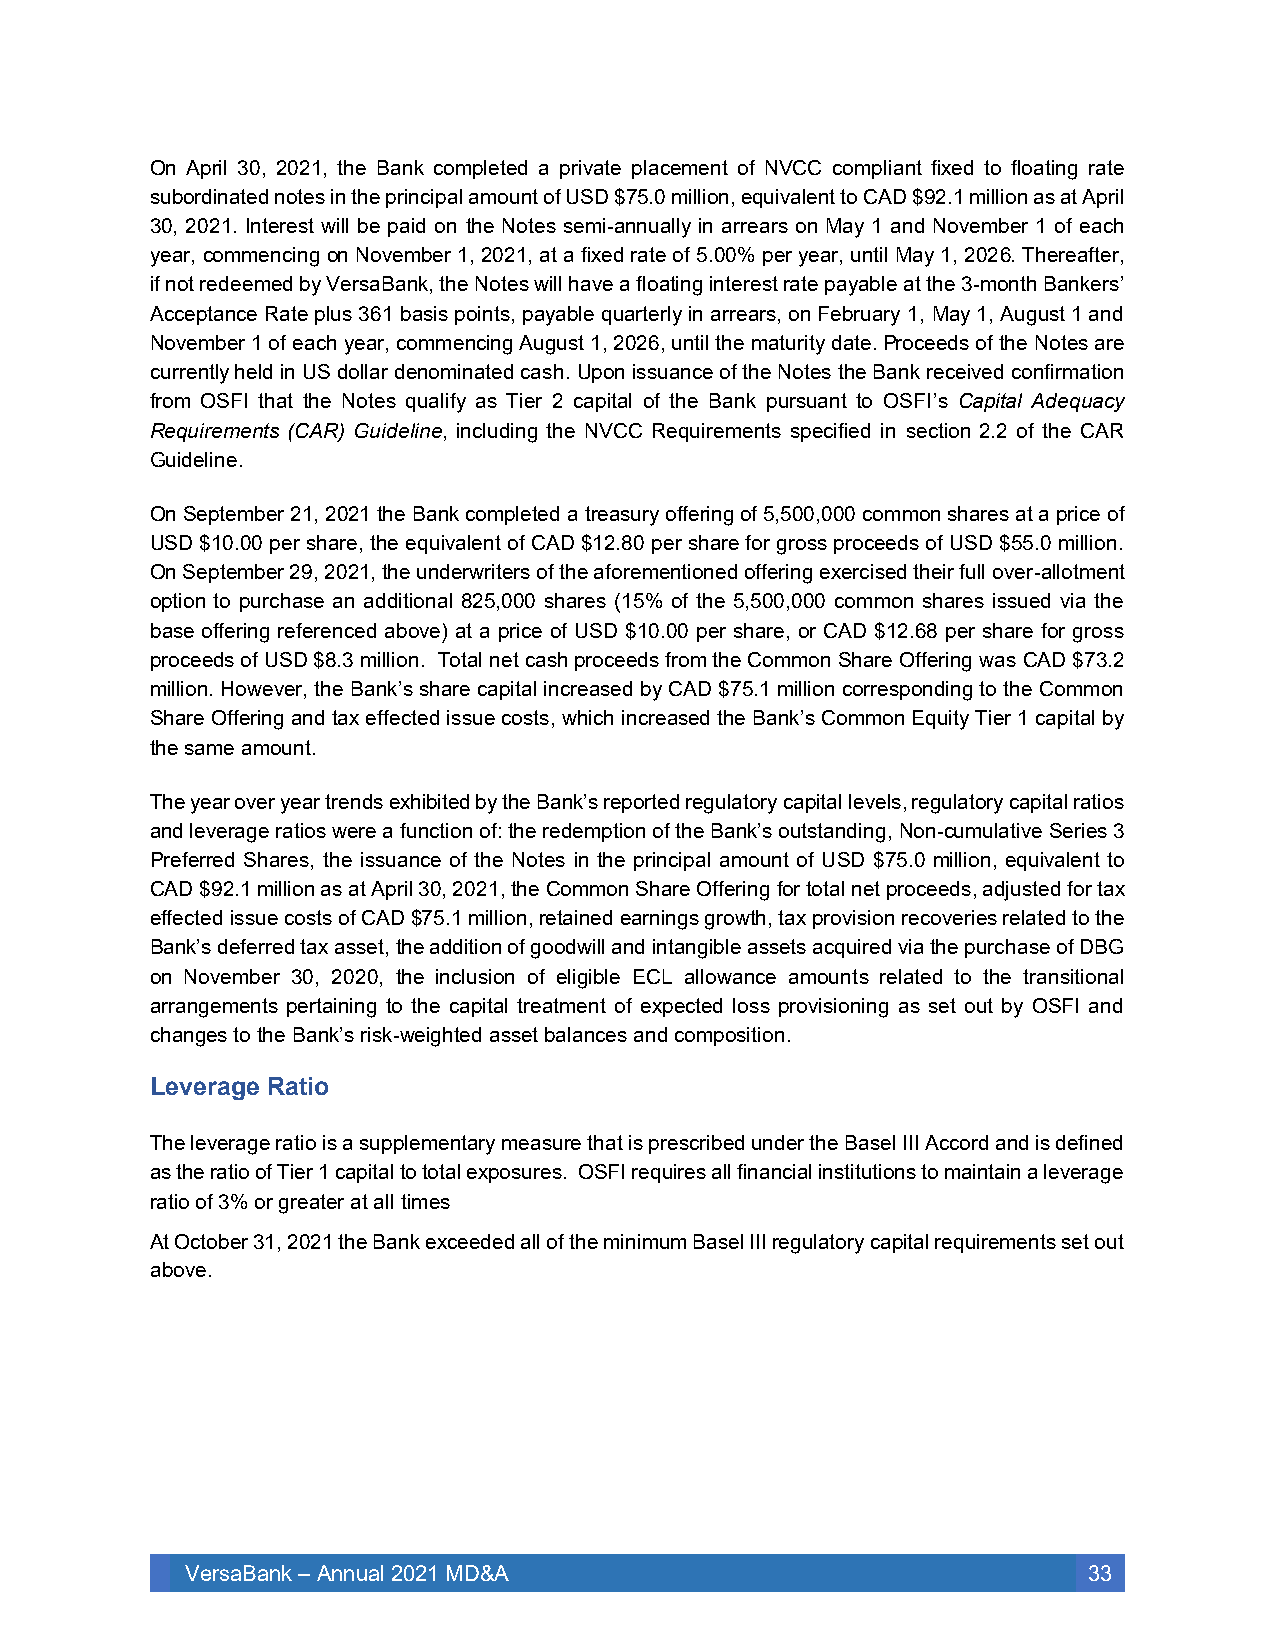
On April 30, 2021, the Bank completed a private placement of NVCC compliant fixed to floating rate
 subordinated notes in the principal amount of USD $75.0 million, equivalent to CAD $92.1 million as at April
 30, 2021. Interest will be paid on the Notes semi-annually in arrears on May 1 and November 1 of each
 year, commencing on November 1, 2021, at a fixed rate of 5.00% per year, until May 1, 2026. Thereafter,
 if not redeemed by VersaBank, the Notes will have a floating interest rate payable at the 3-month Bankers’
 Acceptance Rate plus 361 basis points, payable quarterly in arrears, on February 1, May 1, August 1 and
 November 1 of each year, commencing August 1, 2026, until the maturity date. Proceeds of the Notes are
 currently held in US dollar denominated cash. Upon issuance of the Notes the Bank received confirmation
 from OSFI that the Notes qualify as Tier 2 capital of the Bank pursuant to OSFI’s Capital Adequacy
 Requirements (CAR) Guideline, including the NVCC Requirements specified in section 2.2 of the CAR
 Guideline.
 On September 21, 2021 the Bank completed a treasury offering of 5,500,000 common shares at a price of
 USD $10.00 per share, the equivalent of CAD $12.80 per share for gross proceeds of USD $55.0 million.
 On September 29, 2021, the underwriters of the aforementioned offering exercised their full over-allotment
 option to purchase an additional 825,000 shares (15% of the 5,500,000 common shares issued via the
 base offering referenced above) at a price of USD $10.00 per share, or CAD $12.68 per share for gross
 proceeds of USD $8.3 million. Total net cash proceeds from the Common Share Offering was CAD $73.2
 million. However, the Bank’s share capital increased by CAD $75.1 million corresponding to the Common
 Share Offering and tax effected issue costs, which increased the Bank’s Common Equity Tier 1 capital by
 the same amount.
 The year over year trends exhibited by the Bank’s reported regulatory capital levels, regulatory capital ratios
 and leverage ratios were a function of: the redemption of the Bank’s outstanding, Non-cumulative Series 3
 Preferred Shares, the issuance of the Notes in the principal amount of USD $75.0 million, equivalent to
 CAD $92.1 million as at April 30, 2021, the Common Share Offering for total net proceeds, adjusted for tax
 effected issue costs of CAD $75.1 million, retained earnings growth, tax provision recoveries related to the
 Bank’s deferred tax asset, the addition of goodwill and intangible assets acquired via the purchase of DBG
 on November 30, 2020, the inclusion of eligible ECL allowance amounts related to the transitional
 arrangements pertaining to the capital treatment of expected loss provisioning as set out by OSFI and
 changes to the Bank’s risk-weighted asset balances and composition.
 Leverage Ratio
 The leverage ratio is a supplementary measure that is prescribed under the Basel III Accord and is defined
 as the ratio of Tier 1 capital to total exposures. OSFI requires all financial institutions to maintain a leverage
 ratio of 3% or greater at all times
 At October 31, 2021 the Bank exceeded all of the minimum Basel III regulatory capital requirements set out
 above.
 VersaBank – Annual 2021 MD&A                                33